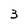
Character: 3